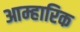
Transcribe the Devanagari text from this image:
आम्हारिक